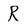
Character: R